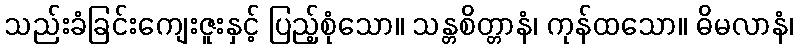
သည်းခံခြင်းကျေးဇူးနှင့် ပြည့်စုံသော။ သန္တစိတ္တာနံ၊ ကုန်ထသော။ ဓိမလာနံ၊